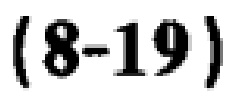
\((8 - 19)\)